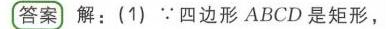
【答案】解：(1) \(\because\)四边形 \(ABCD\)是矩形，